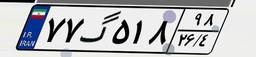
۰۲گ۴۵۱۴۰